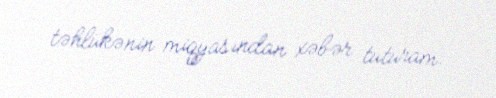
təhlükənin miqyasından xəbər tuturam.